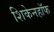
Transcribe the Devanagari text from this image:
शिकेनहॉफ